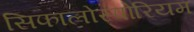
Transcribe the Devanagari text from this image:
सिफालोस्पोरियम